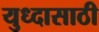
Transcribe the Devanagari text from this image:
युध्दासाठी